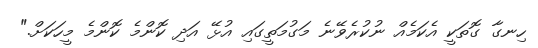
ހިނގާ ގޮތަކީ އެކަމެއް ނުކުރެވޭނެ މަގުމަތީގައި އުޅޭ އަދި ކޮންމެ ކޮންމެ މީހަކަށް."